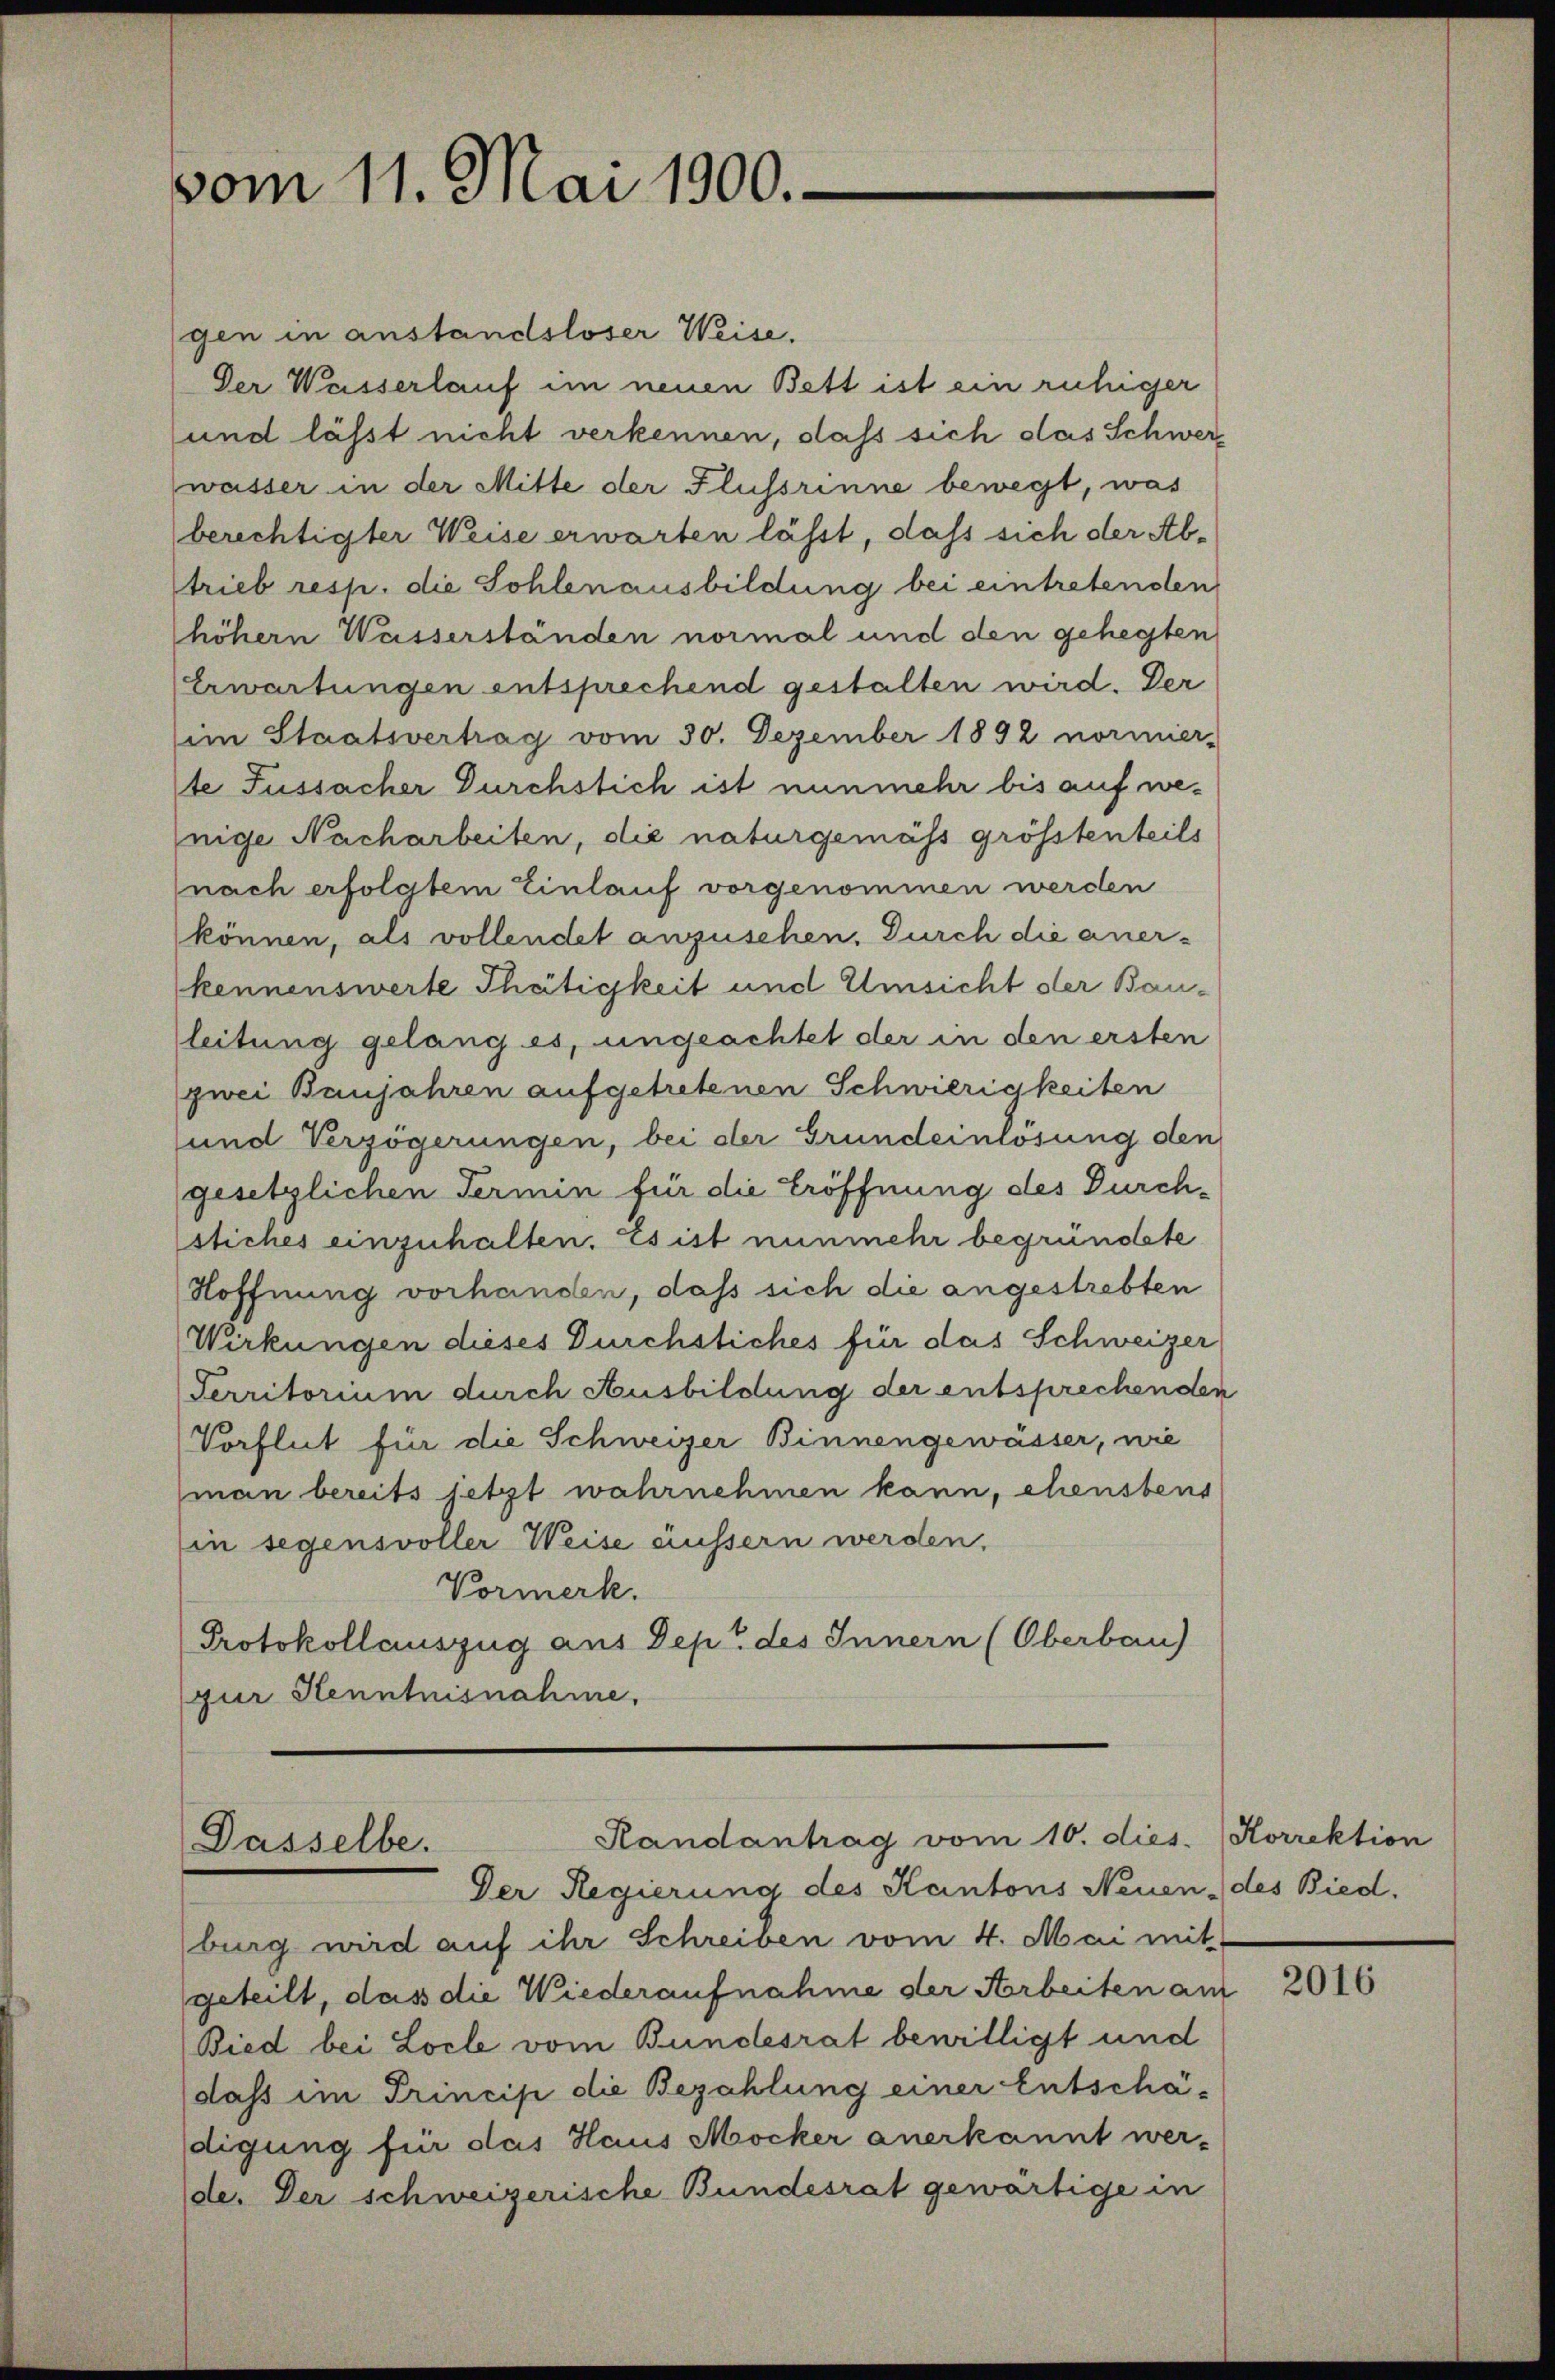
vom 11. Mai 1900.

Randantrag vom 10. dies
Dasselbe.
Der Regierung des Kantons Neuen des Bied.

gen in anstandsloser Weise.
Der Weisserlauf im neuen Bett ist ein ruhiger
und lässt nicht verkennen, daß sich das Schwerwasser in der Mitte der Flussrinne bewegt, was
berechtigter Weise erwarten lässt, dass sich der Abtrieb resp. die Sohlenausbildung bei eintretenden
höhern Wasserständen normal und den gehegten
Erwartungen entsprechend gestalten wird. Der
(im Staatsvertrag vom 30. Dezember 1892 normier-
te Fussacher Durchstich ist nunmehr bis auf wenige Nacharbeiten, die naturgemäss grösstenteils
nach erfolgtem Einlauf vorgenommen werden
können, als vollendet anzusehen. Durch die anerkennenswerte Thätigkeit und Umsicht der Bauleitung gelang es, ungeachtet der in den ersten
zwei Banjahren aufgetretenen Schwierigkeiten
und Verzögerungen, bei der Grundeinlösung den
gesetzlichen Termin für die Eröffnung des Durchstiches einzuhalten. Es ist nunmehr begründete
Hoffnung vorhanden, daß sich die angestrebten
Wirkungen dieses Durchstiches für das Schweizer
Territorium durch Ausbildung der entsprechenden
Vorflut für die Schweizer Binnengewässer, wie
man bereits jetzt wahrnehmen kann, ehenstens
in segensvoller Weise äussern werden.
Vormerk.
Protokollauszug aus Dept des Innern (Oberbau)
gur Kenntnisnahme.

burg wird auf ihr Schreiben vom 4. Mai mit
geteilt, das die Wiederaufnahme der Arbeiten am
Bied bei Locle vom Bundesrat bewilligt und
dass im Princip die Bezahlung einer Entschädigung für das Haus Mocker anerkannt werde. Der schweizerische Bundesrat gewärtige in

Korrektion

2016